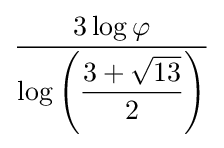
{\frac {3\log \varphi }{\log \left(\displaystyle {\frac {3+{\sqrt {13}}}{2}}\right)}}